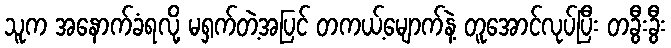
သူက အနောက်ခံရလို့ မရှက်တဲ့အပြင် တကယ့်မျောက်နဲ့ တူအောင်လုပ်ပြီး တခွီးခွီး